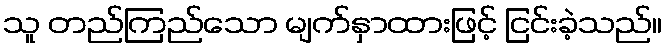
သူ တည်ကြည်သော မျက်နှာထားဖြင့် ငြင်းခဲ့သည်။